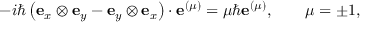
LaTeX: - i \hbar \left( \mathbf { e } _ { x } \otimes \mathbf { e } _ { y } - \mathbf { e } _ { y } \otimes \mathbf { e } _ { x } \right) \cdot \mathbf { e } ^ { ( \mu ) } = \mu \hbar \mathbf { e } ^ { ( \mu ) } , \qquad \mu = \pm 1 ,